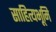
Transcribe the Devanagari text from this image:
साहित्यभूमि